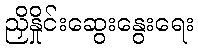
ညှိနှိုင်းဆွေးနွေးရေး